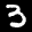
Label: 3